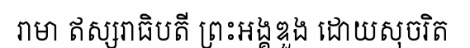
រាមា ឥស្សរាធិបតី ព្រះអង្គឌួង ដោយសុចរិត